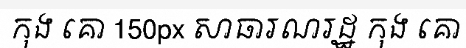
កុង គោ 150px សាធារណរដ្ឋ កុង គោ